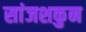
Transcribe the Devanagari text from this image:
सांजशकुन